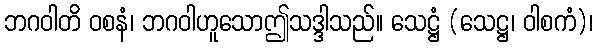
ဘဂဝါတိ ဝစနံ၊ ဘဂဝါဟူသောဤသဒ္ဒါသည်။ သေဋ္ဌံ (သေဋ္ဌ၊ ဝါစကံ)၊